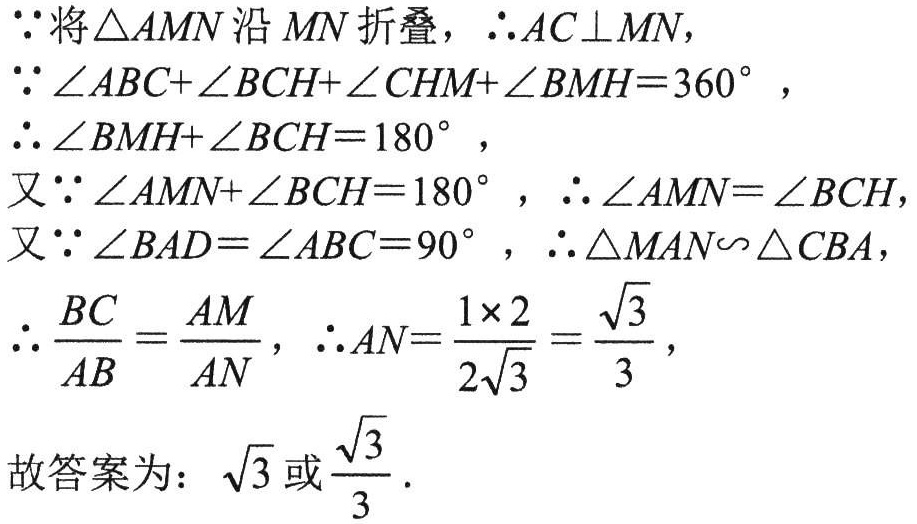
\(\because\)将\(\triangle AMN\)沿 \(MN\) 折叠，\(\therefore AC\perp MN\)，
\(\because\angle ABC + \angle BCH+\angle CHM+\angle BMH = 360^{\circ}\)，
\(\therefore\angle BMH+\angle BCH = 180^{\circ}\)，
又\(\because\angle AMN+\angle BCH = 180^{\circ}\)，\(\therefore\angle AMN=\angle BCH\)，
又\(\because\angle BAD=\angle ABC = 90^{\circ}\)，\(\therefore\triangle MAN\backsim\triangle CBA\)，
\(\therefore\frac{BC}{AB}=\frac{AM}{AN}\)，\(\therefore AN=\frac{1\times2}{2\sqrt{3}}=\frac{\sqrt{3}}{3}\)，
故答案为：\(\sqrt{3}\)或\(\frac{\sqrt{3}}{3}\).